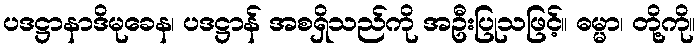
ပဒဋ္ဌာနာဒိမုခေန၊ ပဒဋ္ဌာန် အစရှိသည်ကို အဦးပြုသဖြင့်။ ဓမ္မာ၊ တို့ကို။